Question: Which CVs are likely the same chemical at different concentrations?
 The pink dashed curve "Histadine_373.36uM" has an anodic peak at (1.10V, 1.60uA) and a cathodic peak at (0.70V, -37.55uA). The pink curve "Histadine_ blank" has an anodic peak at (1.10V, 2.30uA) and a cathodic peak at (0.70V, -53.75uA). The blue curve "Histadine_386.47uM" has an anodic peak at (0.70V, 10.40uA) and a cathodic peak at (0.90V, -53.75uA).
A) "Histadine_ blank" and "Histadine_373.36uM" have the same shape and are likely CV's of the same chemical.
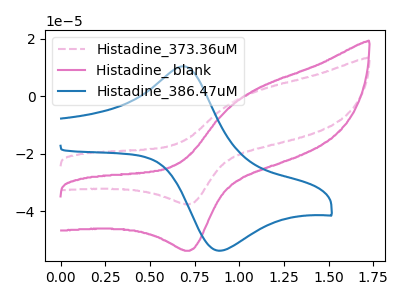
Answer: <think>All the peaks in "Histadine_373.36uM" have a peak in "Histadine_ blank" at the same potential. Every peak in "Histadine_373.36uM" is lower than every peak in "Histadine_ blank". "Histadine_373.36uM" and "Histadine_386.47uM" have at least one peak that do not match. "Histadine_ blank" and "Histadine_386.47uM" have at least one peak that do not match.
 </think>
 <answer>A) "Histadine_ blank" and "Histadine_373.36uM" have the same shape and are likely CV's of the same chemical.</answer>
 <eval>A</eval>